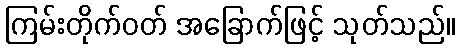
ကြမ်းတိုက်ဝတ် အခြောက်ဖြင့် သုတ်သည်။